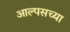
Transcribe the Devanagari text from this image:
आल्पसच्या